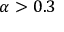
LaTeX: { \alpha } > 0 . 3